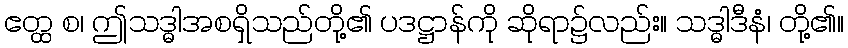
ဧတ္ထ စ၊ ဤသဒ္ဓါအစရှိသည်တို့၏ ပဒဋ္ဌာန်ကို ဆိုရာ၌လည်း။ သဒ္ဓါဒီနံ၊ တို့၏။